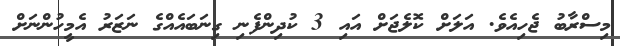
މިސްރާބު ޖެހިއެވެ. އަލަށް ކޮލެޖަށް އައި 3 ކުދިންފެނި ގިނަބައެއްގެ ނަޒަރު އެމީހުންނަށް